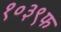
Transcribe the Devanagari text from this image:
१०३९फ